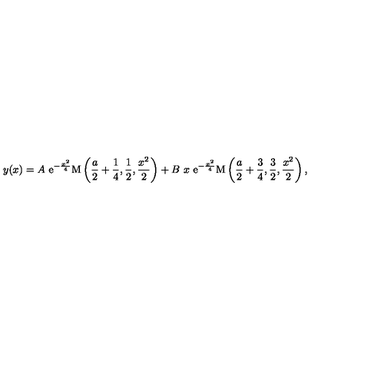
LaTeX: y ( x ) = A \ \mathrm { e } ^ { - \frac { x ^ { 2 } } { 4 } } \mathrm { M } \left( \frac { a } { 2 } + \frac { 1 } { 4 } , \frac { 1 } { 2 } , \frac { x ^ { 2 } } { 2 } \right) + B \ x \ \mathrm { e } ^ { - \frac { x ^ { 2 } } { 4 } } \mathrm { M } \left( \frac { a } { 2 } + \frac { 3 } { 4 } , \frac { 3 } { 2 } , \frac { x ^ { 2 } } { 2 } \right) ,